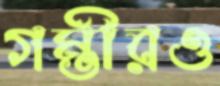
গম্ভীরও